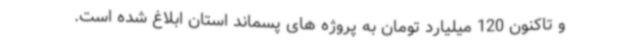
و تاکنون 120 میلیارد تومان به پروژه‌ های پسماند استان ابلاغ شده است.